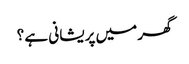
گھر میں پریشانی ہے ؟